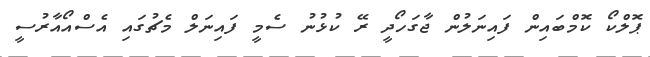
ޕޮލްކޯ ކޮމްބައިން ފައިނަލުން ޖާގަހޯދީ ރޭ ކުޅުނު ސެމީ ފައިނަލް މެޗުގައި އެސްއޯއާރުސީ